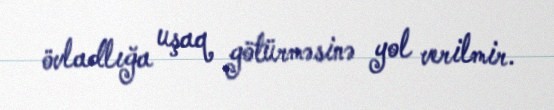
övladlığa uşaq götürməsinə yol verilmir.